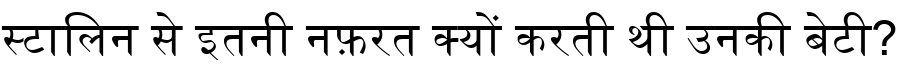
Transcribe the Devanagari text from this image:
स्टालिन से इतनी नफ़रत क्यों करती थी उनकी बेटी?